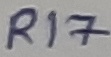
Text: R17